Annual report of the Imperial Bacteriological Laboratory, Muktesar
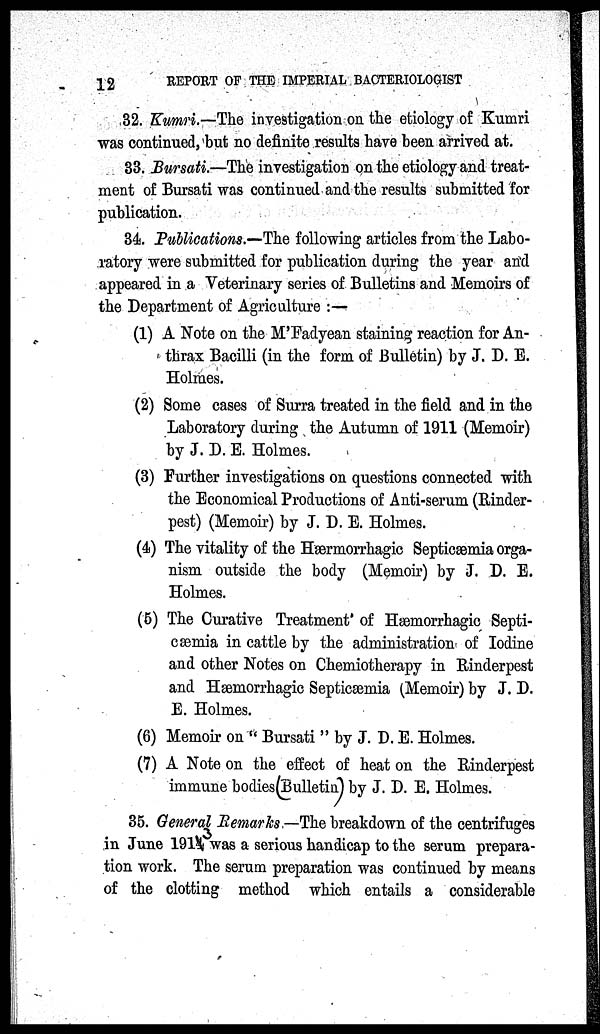
12
REPORT OF THE IMPERIAL BACTERIOLOGIST
32. Kumri.—The investigation on the etiology of Kumri
was continued, but no definite results have been arrived at.
33. Bursati.-—The investigation on the etiology and treat-
ment of Bursati was continued and the results submitted for
publication.
34. Publications.—The following articles from the Labo-
ratory were submitted for publication during the year and
appeared in a Veterinary series of Bulletins and Memoirs of
the Department of Agriculture :—
(1) A Note on the M'Fadyean staining reaction for An-
thrax Bacilli (in the form of Bulletin) by J. D. E.
Holmes.
(2) Some cases of Surra treated in the field and in the
Laboratory during the Autumn of 1911 (Memoir)
by J.D.E. Holmes.
(3) Further investigations on questions connected with
the Economical Productions of Anti-serum (Rinder-
pest) (Memoir) by J. D. E. Holmes.
(4) The vitality of the Hærmorrhagic Septicæmia orga-
nism outside the body (Memoir) by J. D. E.
Holmes.
(5) The Curative Treatment of Hæmorrhagic Septi-
cæmia in cattle by the administration of Iodine
and other Notes on Chemiotherapy in Rinderpest
and Hæmorrhagic Septicæmia (Memoir) by J. D.
E. Holmes.
(6) Memoir on " Bursati " by J. D. E. Holmes.
(7) A Note on the effect of heat on the Rinderpest
immune bodies(Bulletin) by J. D. E. Holmes.
35. General Remarks —The breakdown of the centrifuges
in June 1914 was a serious handicap to the serum prepara-
tion work. The serum preparation was continued by means
of the clotting method which entails a considerable